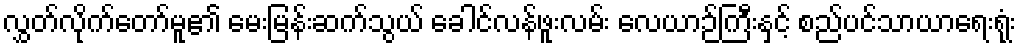
လွှတ်လိုက်တော်မူ၏ မေးမြန်းဆက်သွယ် ခေါင်လန်ဖူးလမ်း လေယာဉ်ကြီးနှင့် စည်ပင်သာယာရေးရုံး